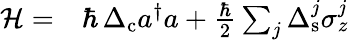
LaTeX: \begin{array}{rl}{\mathcal{H}=}&{{}\hbar\, \Delta_{\mathrm{c}}a^{\dagger}a+\frac{\hbar}{2}\sum_{j}\Delta_{\mathrm{s}}^{j}\sigma_{z}^{j}}\end{array}